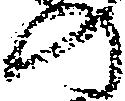
の